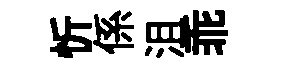
忻係沮乖